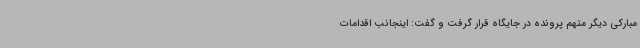
مبارکی دیگر متهم پرونده در جایگاه قرار گرفت و گفت: اینجانب اقدامات